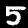
Label: 5